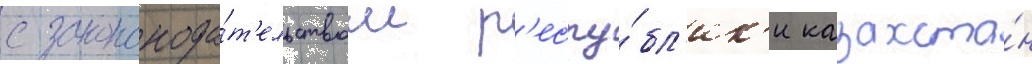
с законода́т'ельством р'еспу́бл'ик'и казахста́н